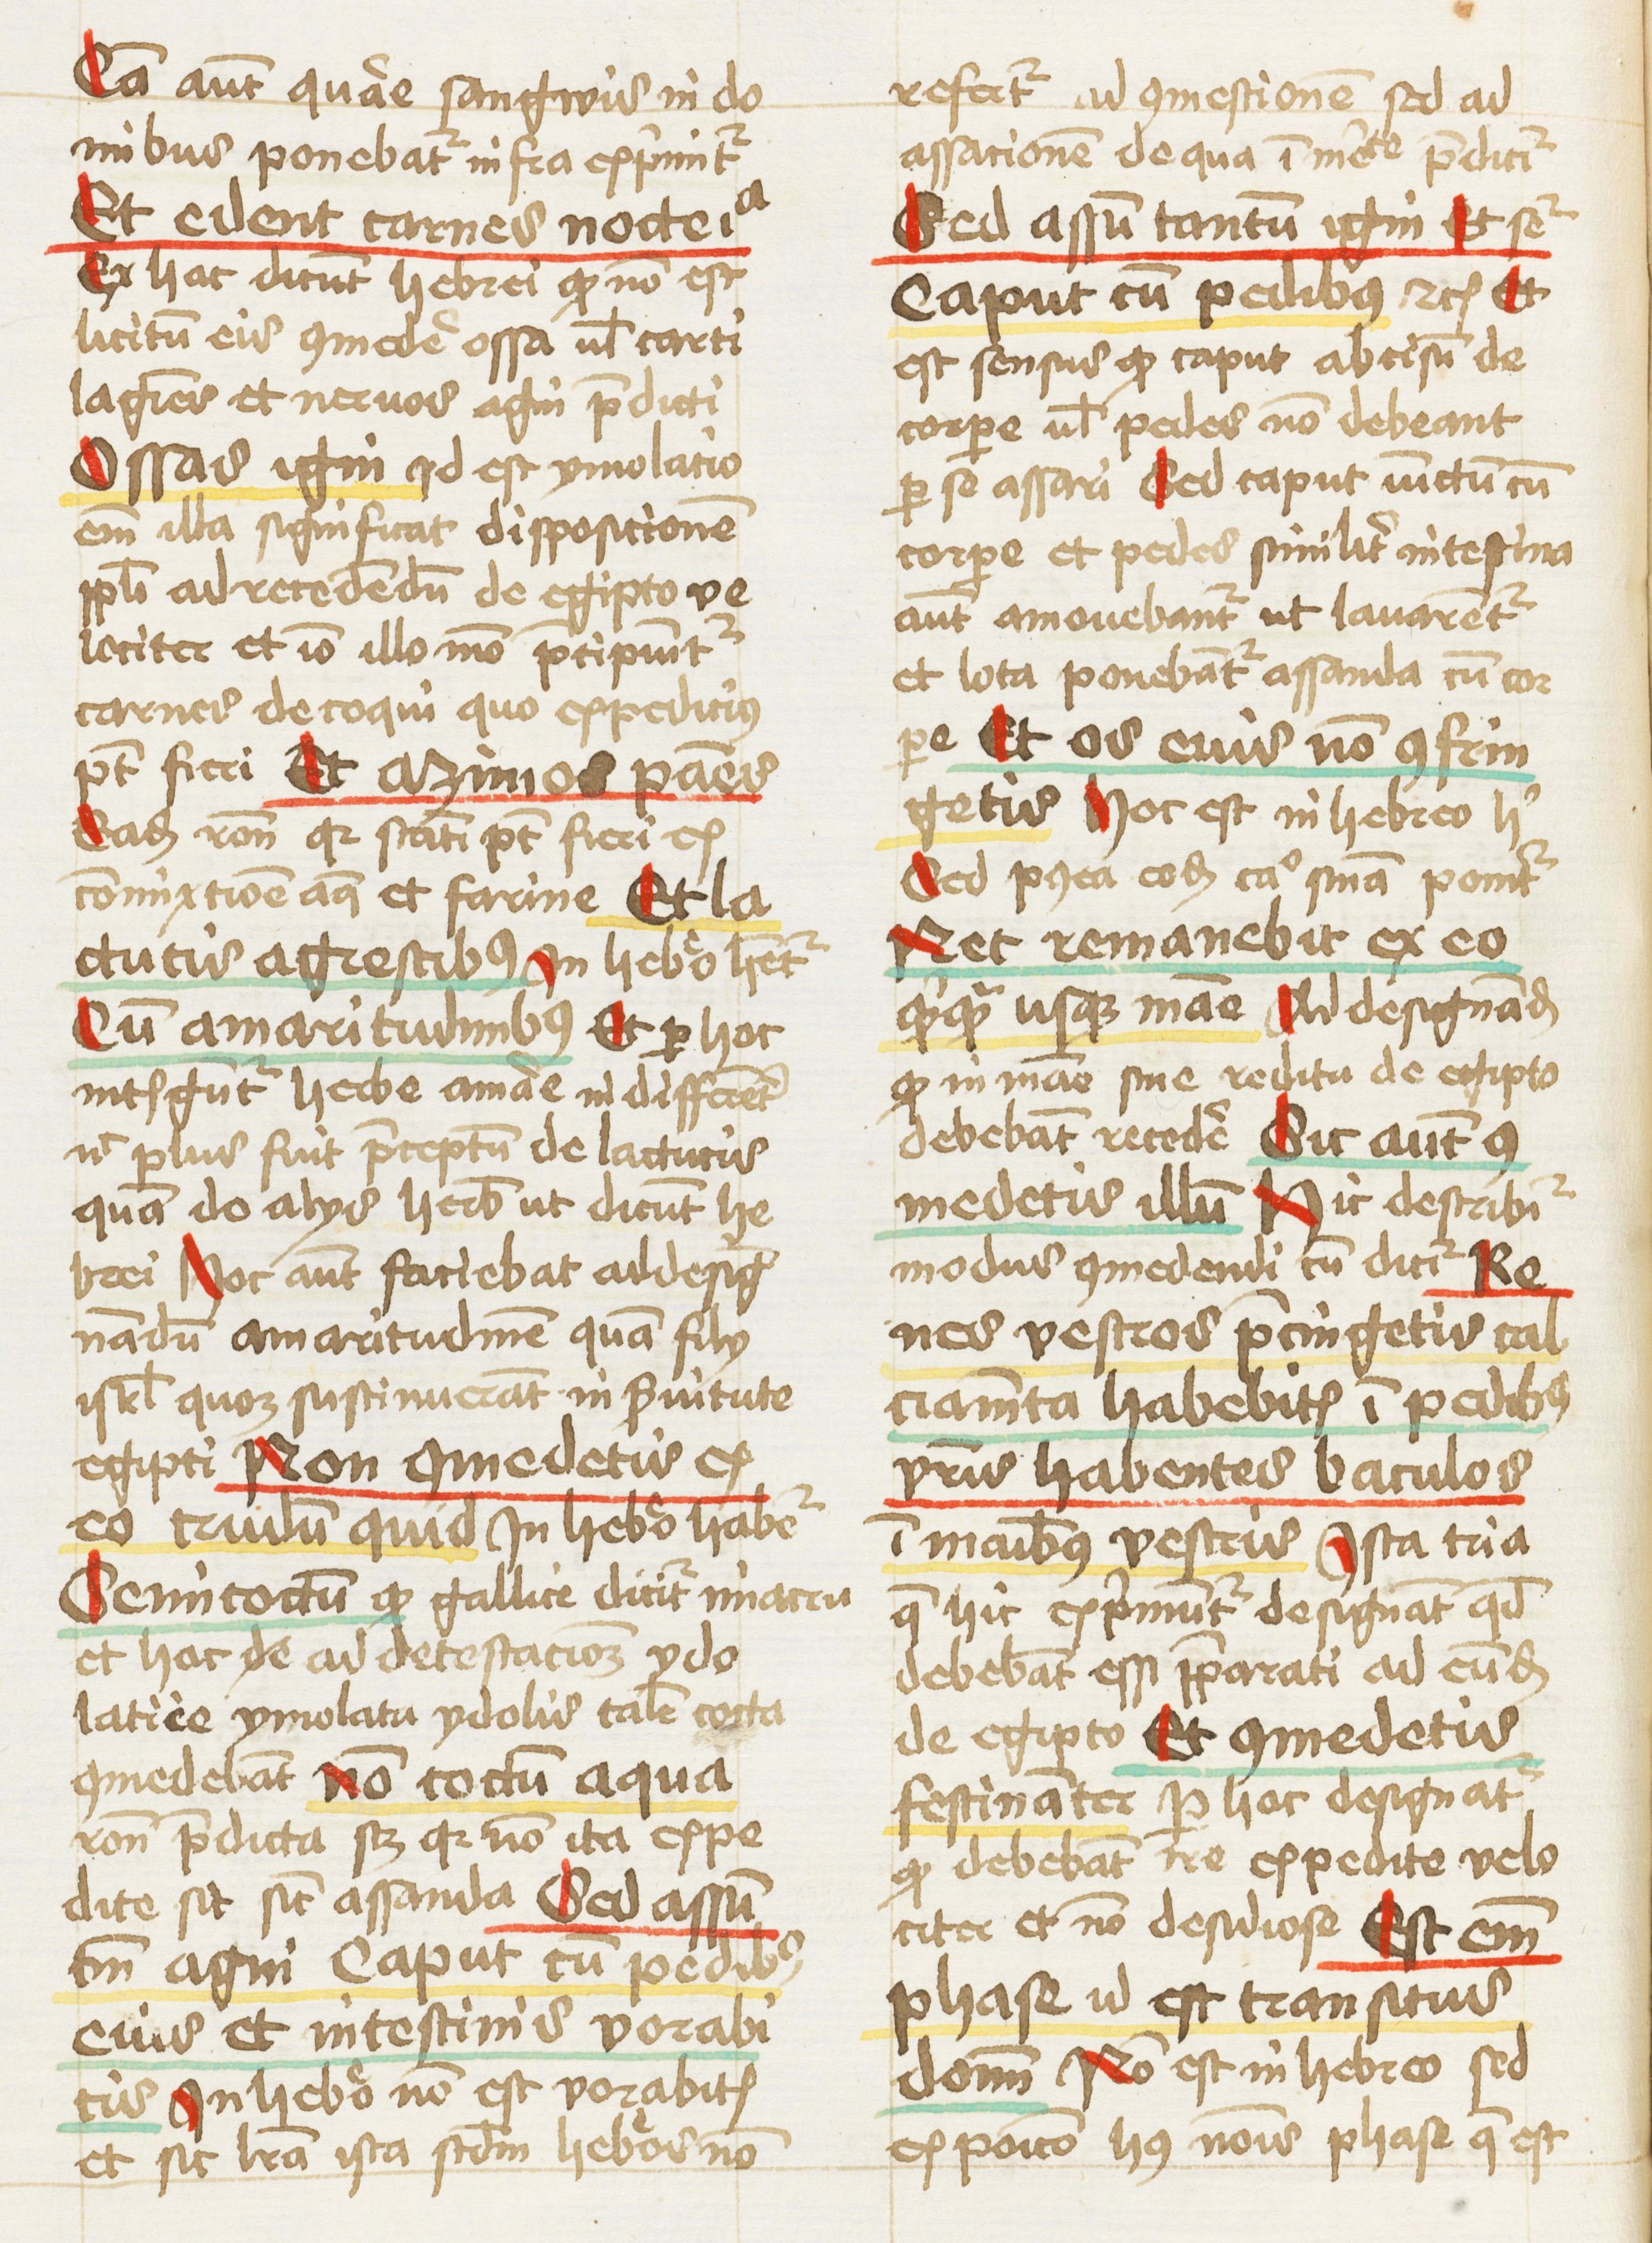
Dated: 1460–1461